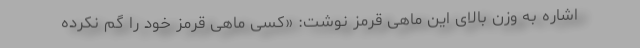
اشاره به وزن بالای این ماهی قرمز نوشت: «کسی ماهی قرمز خود را گم نکرده